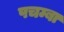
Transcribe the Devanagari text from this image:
पचम्बा